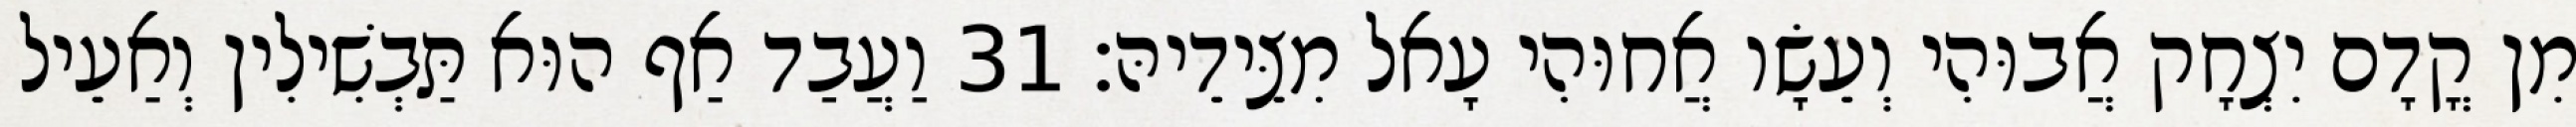
מִן קֳדָם יִצְחָק אֲבוּהִי וְעֵשָׂו אֲחוּהִי עָאל מִצֵּידֵיהּ׃ 31 וַעֲבַד אַף הוּא תַּבְשִׁילִין וְאַעֵיל